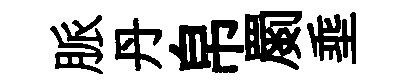
脈丹帛罽埀